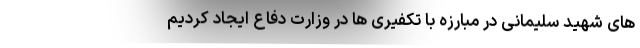
های شهید سلیمانی در مبارزه با تکفیری ها در وزارت دفاع ایجاد کردیم